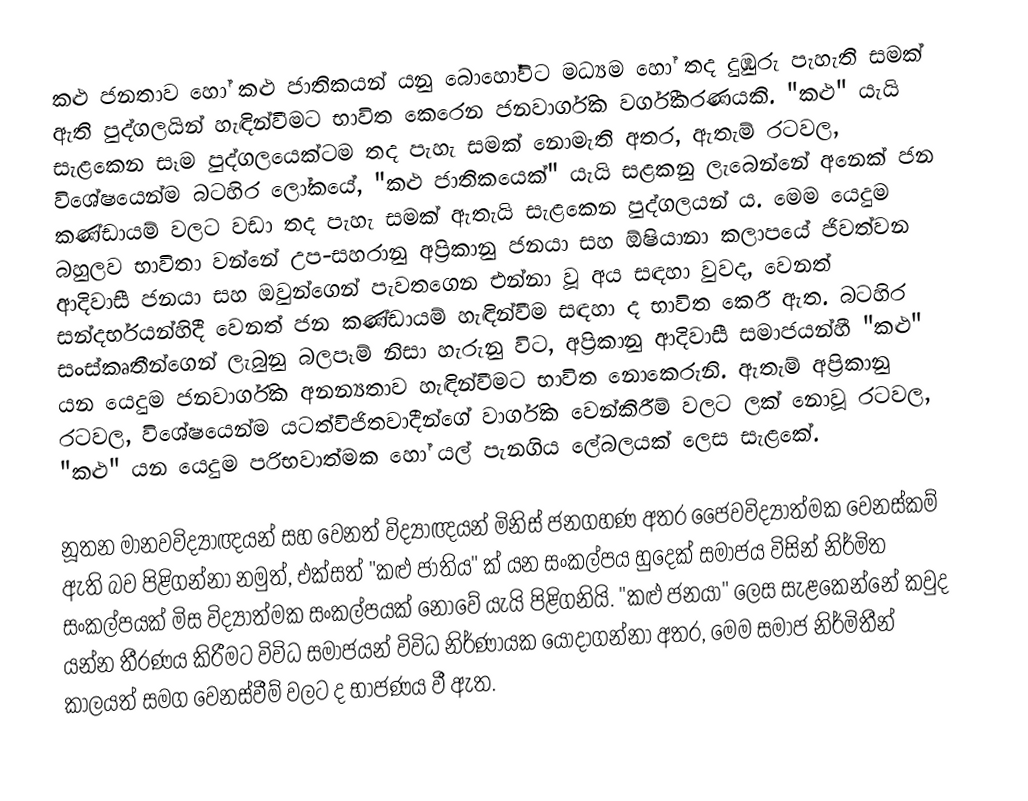
කළු ජනතාව හෝ කළු ජාතිකයන් යනු බොහෝවිට මධ්‍යම හෝ තද දුඹුරු පැහැති සමක් ඇති පුද්ගලයින් හැඳින්වීමට භාවිත කෙරෙන ජනවාර්ගික වර්ගීකරණයකි. "කළු" යැයි සැළකෙන සෑම පුද්ගලයෙක්ටම තද පැහැ සමක් නොමැති අතර, ඇතැම් රටවල, විශේෂයෙන්ම බටහිර ලෝකයේ, "කළු ජාතිකයෙක්" යැයි සළකනු ලැබෙන්නේ අනෙක් ජන කණ්ඩායම් වලට වඩා තද පැහැ සමක් ඇතැයි සැළකෙන පුද්ගලයන් ය. මෙම යෙදුම බහුලව භාවිතා වන්නේ උප-සහරානු අප්‍රිකානු ජනයා සහ ඕෂියානා කලාපයේ ජිවත්වන ආදිවාසී ජනයා සහ ඔවුන්ගෙන් පැවතගෙන එන්නා වූ අය සඳහා වුවද, වෙනත් සන්දර්භයන්හිදී වෙනත් ජන කණ්ඩායම් හැඳින්වීම සඳහා ද භාවිත කෙරී ඇත. බටහිර සංස්කෘතීන්ගෙන් ලැබුනු බලපෑම් නිසා හැරුනු විට, අප්‍රිකානු ආදිවාසී සමාජයන්හී "කළු" යන යෙදුම ජනවාර්ගික අනන්‍යතාව හැඳින්වීමට භාවිත නොකෙරුනි. ඇතැම් අප්‍රිකානු රටවල, විශේෂයෙන්ම යටත්විජිතවාදීන්ගේ වාර්ගික වෙන්කිරීම් වලට ලක් නොවූ රටවල, "කළු" යන යෙදුම පරිභවාත්මක හෝ යල් පැනගිය ලේබලයක් ලෙස සැළකේ.

නූතන මානවවිද්‍යාඥයන් සහ වෙනත් විද්‍යාඥයන් මිනිස් ජනගහණ අතර ජෛවවිද්‍යාත්මක වෙනස්කම් ඇති බව පිළිගන්නා නමුත්, එක්සත් "කළු ජාතිය" ක් යන සංකල්පය හුදෙක් සමාජය විසින් නිර්මිත සංකල්පයක් මිස විද්‍යාත්මක සංකල්පයක් නොවේ යැයි පිළිගනියි. "කළු ජනයා" ලෙස සැළකෙන්නේ කවුද යන්න තීරණය කිරීමට විවිධ සමාජයන් විවිධ නිර්ණායක යොදාගන්නා අතර, මෙම සමාජ නිර්මිතීන් කාලයත් සමග වෙනස්වීම් වලට ද භාජණය වී ඇත.